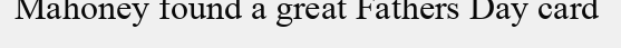
Mahoney found a great Fathers Day card